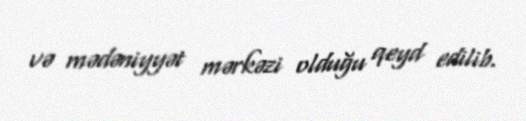
və mədəniyyət mərkəzi olduğu qeyd edilib.